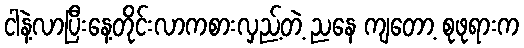
ငါနဲ့လာပြီးနေ့တိုင်းလာကစားလှည့်တဲ့ ညနေ ကျတော့ စုဖုရားက